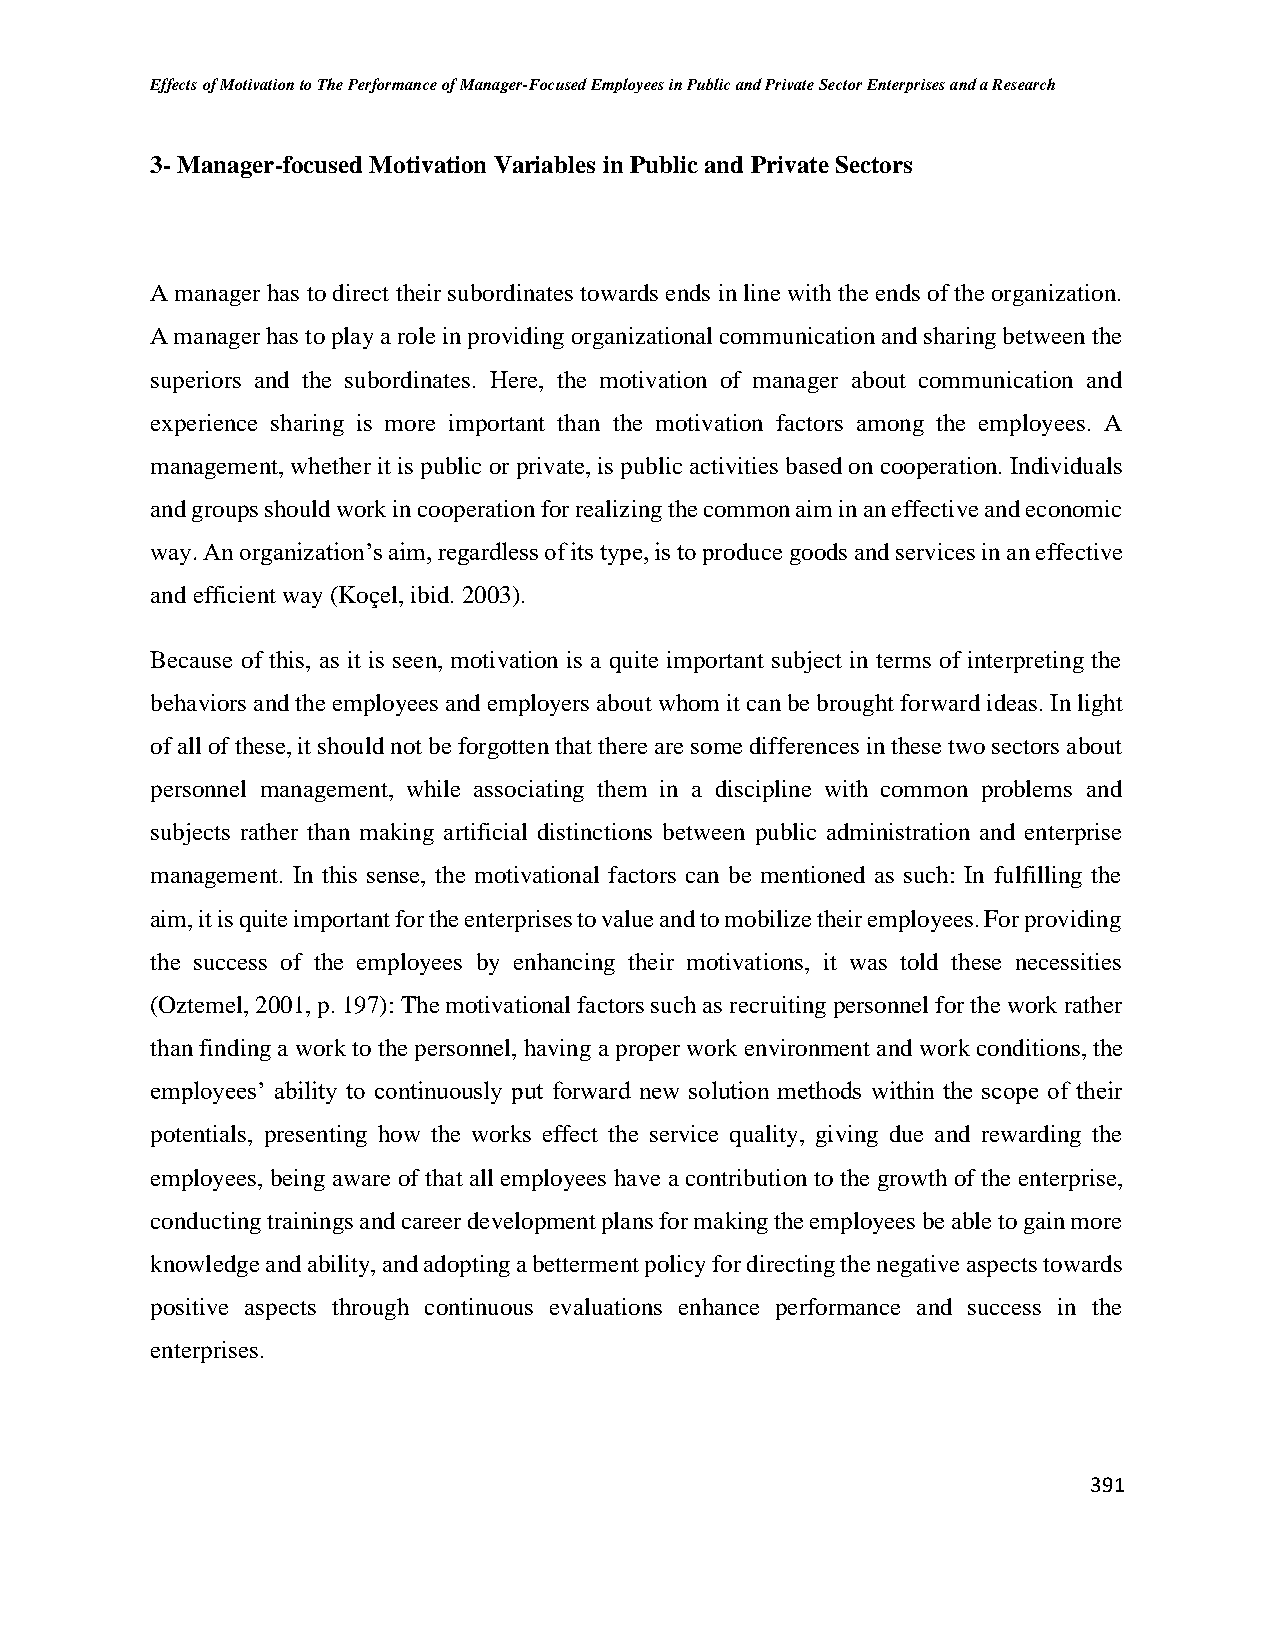
Effects of Motivation to The Performance of Manager-Focused Employees in Public and Private Sector Enterprises and a Research
 3- Manager-focused Motivation Variables in Public and Private Sectors
 A manager has to direct their subordinates towards ends in line with the ends of the organization.
 A manager has to play a role in providing organizational communication and sharing between the
 superiors and the subordinates. Here, the motivation of manager about communication and
 experience sharing is more important than the motivation factors among the employees. A
 management, whether it is public or private, is public activities based on cooperation. Individuals
 and groups should work in cooperation for realizing the common aim in an effective and economic
 way. An organization’s aim, regardless of its type, is to produce goods and services in an effective
 and efficient way (Koçel, ibid. 2003).
 Because of this, as it is seen, motivation is a quite important subject in terms of interpreting the
 behaviors and the employees and employers about whom it can be brought forward ideas. In light
 of all of these, it should not be forgotten that there are some differences in these two sectors about
 personnel management, while associating them in a discipline with common problems and
 subjects rather than making artificial distinctions between public administration and enterprise
 management. In this sense, the motivational factors can be mentioned as such: In fulfilling the
 aim, it is quite important for the enterprises to value and to mobilize their employees. For providing
 the success of the employees by enhancing their motivations, it was told these necessities
 (Oztemel, 2001, p. 197): The motivational factors such as recruiting personnel for the work rather
 than finding a work to the personnel, having a proper work environment and work conditions, the
 employees’ ability to continuously put forward new solution methods within the scope of their
 potentials, presenting how the works effect the service quality, giving due and rewarding the
 employees, being aware of that all employees have a contribution to the growth of the enterprise,
 conducting trainings and career development plans for making the employees be able to gain more
 knowledge and ability, and adopting a betterment policy for directing the negative aspects towards
 positive aspects through continuous evaluations enhance performance and success in the
 enterprises.
 391